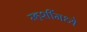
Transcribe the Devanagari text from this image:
म्हशींमध्ये